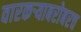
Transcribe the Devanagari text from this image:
वारकऱ्याबरोबरच